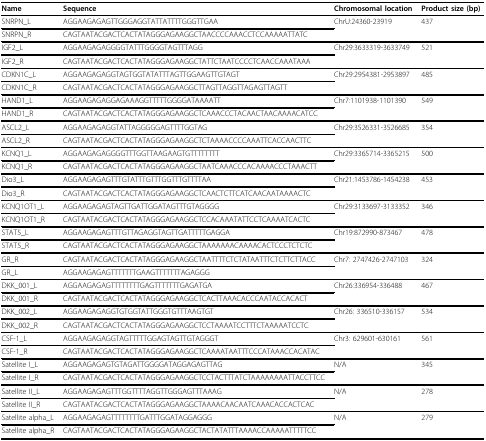
<table><thead><tr><td><b>Name</b></td><td><b>Sequence</b></td><td><b>Chromosomal location</b></td><td><b>Product size (bp)</b></td></tr></thead><tbody><tr><td>SNRPN_L</td><td>AGGAAGAGAGTTGGGAGGTATTATTTTGGGTTGAA</td><td>ChrU:24360-23919</td><td>437</td></tr><tr><td>SNRPN_R</td><td>CAGTAATACGACTCACTATAGGGAGAAGGCTAACCCCAAACCTCCAAAAATTATC</td><td></td><td></td></tr><tr><td>IGF2_L</td><td>AGGAAGAGAGGGGTATTTGGGGTAGTTTAGG</td><td>Chr29:3633319-3633749</td><td>521</td></tr><tr><td>IGF2_R</td><td>CAGTAATACGACTCACTATAGGGAGAAGGCTATTCTAATCCCCTCAACCAAATAAA</td><td></td><td></td></tr><tr><td>CDKN1C_L</td><td>AGGAAGAGAGGTAGTGGTATATTTAGTTGGAAGTTGTAGT</td><td>Chr29:2954381-2953897</td><td>485</td></tr><tr><td>CDKN1C_R</td><td>CAGTAATACGACTCACTATAGGGAGAAGGCTTAGTTAGGTTAGAGTTAGTT</td><td></td><td></td></tr><tr><td>HAND1_L</td><td>AGGAAGAGAGGAGAAAGGTTTTTGGGGATAAAATT</td><td>Chr7:1101938-1101390</td><td>549</td></tr><tr><td>HAND1_R</td><td>CAGTAATACGACTCACTATAGGGAGAAGGCTCAAACCCTACAACTAACAAAACATCC</td><td></td><td></td></tr><tr><td>ASCL2_L</td><td>AGGAAGAGAGGTATTAGGGGGAGTTTTGGTAG</td><td>Chr29:3526331-3526685</td><td>354</td></tr><tr><td>ASCL2_R</td><td>CAGTAATACGACTCACTATAGGGAGAAGGCTCTAAAACCCCAAATTCACCAACTTC</td><td></td><td></td></tr><tr><td>KCNQ1_L</td><td>AGGAAGAGAGGGGTTTGGTTAAGAAGTGTTTTTTTT</td><td>Chr29:3365714-3365215</td><td>500</td></tr><tr><td>KCNQ1_R</td><td>CAGTAATACGACTCACTATAGGGAGAAGGCTAATCAAACCCACAAAACCCTAAACTT</td><td></td><td></td></tr><tr><td>Dio3_L</td><td>AGGAAGAGAGTTTGTATTTGTTTGGTTTGTTTTAA</td><td>Chr21:1453786-1454238</td><td>453</td></tr><tr><td>Dio3_R</td><td>CAGTAATACGACTCACTATAGGGAGAAGGCTCAACTCTTCATCAACAATAAAACTC</td><td></td><td></td></tr><tr><td>KCNQ1OT1_L</td><td>AGGAAGAGAGTAGTTGATTGGATAGTTTGTAGGGG</td><td>Chr29:3133697-3133352</td><td>346</td></tr><tr><td>KCNQ1OT1_R</td><td>CAGTAATACGACTCACTATAGGGAGAAGGCTCCACAAATATTCCTCAAAATCACTC</td><td></td><td></td></tr><tr><td>STAT5_L</td><td>AGGAAGAGAGTTTGTTAGAGGTAGTTGATTTTTGAGGA</td><td>Chr19:872990-873467</td><td>478</td></tr><tr><td>STAT5_R</td><td>CAGTAATACGACTCACTATAGGGAGAAGGCTAAAAAAACAAAACACTCCCTCTCTC</td><td></td><td></td></tr><tr><td>GR_R</td><td>CAGTAATACGACTCACTATAGGGAGAAGGCTAATTTTCTCTATAATTTCTCTTCTTACC</td><td>Chr7: 2747426-2747103</td><td>324</td></tr><tr><td>GR_L</td><td>AGGAAGAGAGTTTTTTTGAAGTTTTTTTAGAGGG</td><td></td><td></td></tr><tr><td>DKK_001_L</td><td>AGGAAGAGAGTTTTTTTTGAGTTTTTTTGAGATGA</td><td>Chr26:336954-336488</td><td>467</td></tr><tr><td>DKK_001_R</td><td>CAGTAATACGACTCACTATAGGGAGAAGGCTCACTTAAACACCCAATACCACACT</td><td></td><td></td></tr><tr><td>DKK_002_L</td><td>AGGAAGAGAGGTGTGGTATTGGGTGTTTAAGTGT</td><td>Chr26: 336510-336157</td><td>534</td></tr><tr><td>DKK_002_R</td><td>CAGTAATACGACTCACTATAGGGAGAAGGCTCCTAAAATCCTTTCTAAAAATCCTC</td><td></td><td></td></tr><tr><td>CSF-1_L</td><td>AGGAAGAGAGGTAGTTTTTGGAGTAGTTGTAGGGT</td><td>Chr3: 629601-630161</td><td>561</td></tr><tr><td>CSF-1_R</td><td>CAGTAATACGACTCACTATAGGGAGAAGGCTCAAAATAATTTCCCATAAACCACATAC</td><td></td><td></td></tr><tr><td>Satellite I_L</td><td>AGGAAGAGAGTGTAGATTGGGGATAGGAGAGTTAG</td><td>N/A</td><td>345</td></tr><tr><td>Satellite I_R</td><td>CAGTAATACGACTCACTATAGGGAGAAGGCTCCTACTTTATCTAAAAAAAATTACCTTCC</td><td></td><td></td></tr><tr><td>Satellite II_L</td><td>AGGAAGAGAGTTTGGTTTTAGGTTGGGAGTTTAAAG</td><td>N/A</td><td>278</td></tr><tr><td>Satellite II_R</td><td>CAGTAATACGACTCACTATAGGGAGAAGGCTAAAACAACAATCAAACACCACTCAC</td><td></td><td></td></tr><tr><td>Satellite alpha_L</td><td>AGGAAGAGAGTTTTTTTTGATTTGGATAGGAGGG</td><td>N/A</td><td>279</td></tr><tr><td>Satellite alpha_R</td><td>CAGTAATACGACTCACTATAGGGAGAAGGCTACTATATTTAAAACCAAAAATTTTTCC</td><td></td><td></td></tr></tbody></table>